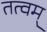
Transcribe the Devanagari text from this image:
तत्वम्